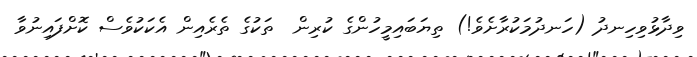
ވިދާޅުވިހިނދު (ހަނދުމަކުރާށެވެ!) ތިޔަބައިމީހުންގެ ކުރިން  ތަކުގެ ތެރެއިން އެކަކުވެސް ކޮށްފައިނުވާ